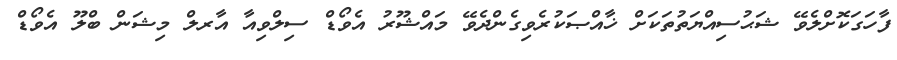
ފާހަގަކޮށްލެވޭ ޝަޙުސިއްޔަތުތަކަށް ޚާއްޞަކުރެވިގެންދެވޭ މައްޝޫރު އެވޯޑް ސިލްވިއާ އާރލް މިޝަން ބްލޫ އެވޯޑް